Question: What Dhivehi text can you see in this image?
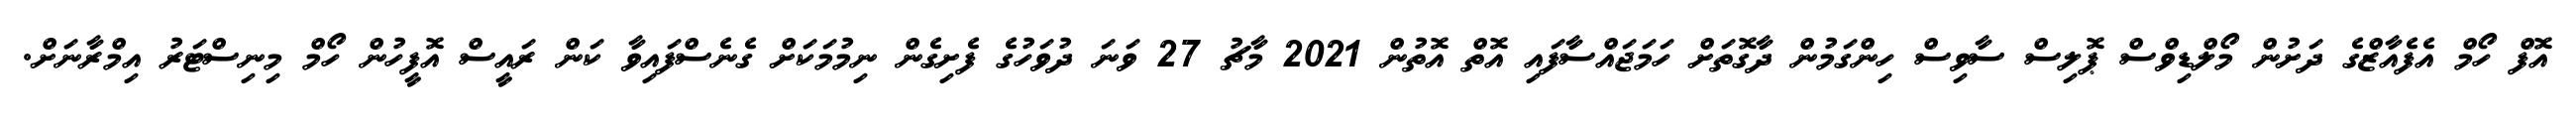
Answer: އޮފް ހޯމް އެފެއާޒްގެ ދަށުން މޯލްޑިވްސް ޕޮލިސް ސާވިސް ހިންގަމުން ދާގޮތަށް ހަމަޖައްސާފައި އޮތް އޮތުން 2021 މާޗު 27 ވަނަ ދުވަހުގެ ފެށިގެން ނިމުމަކަށް ގެނެސްފައިވާ ކަން ރައީސް އޮފީހުން ހޯމް މިނިސްޓަރު އިމްރާނަށް.